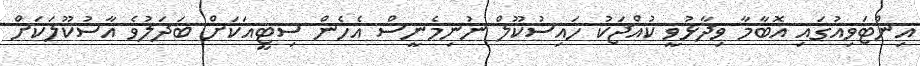
އިންޓަވިއުގައި އޮބާމާ ވިދާޅުވީ ކުއްޖަކު ހައިސުކޫލް ނުނިމެނީސް އެހެން ސިޓީއަކަށް ބަދަލުވެ އާސުކޫލަކަށް